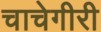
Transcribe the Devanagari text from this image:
चाचेगीरी